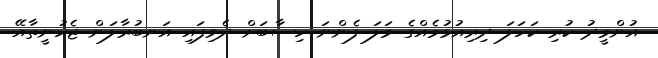
އުންމީދު ކުރި ކަހަލަ ދިރިއުޅުމެއްގެ މަލަ ފެންނަ ހިސާބަށް ދެވިފައި އަނބުރާލަން ޖެހުނީތާއޭ